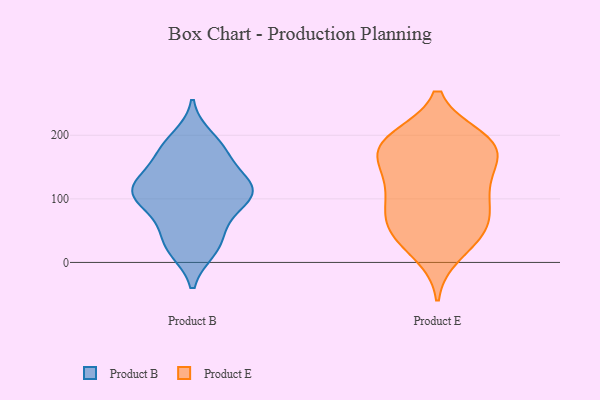
{"axis": {"x": "Latency (ms)", "y": "Value"}, "legend": ["Product B", "Product E"], "data": [{"x": "", "y": 115, "type": "Product B"}, {"x": "", "y": 195, "type": "Product B"}, {"x": "", "y": 169, "type": "Product B"}, {"x": "", "y": 117, "type": "Product B"}, {"x": "", "y": 110, "type": "Product B"}, {"x": "", "y": 54, "type": "Product B"}, {"x": "", "y": 115, "type": "Product B"}, {"x": "", "y": 104, "type": "Product B"}, {"x": "", "y": 178, "type": "Product B"}, {"x": "", "y": 132, "type": "Product B"}, {"x": "", "y": 122, "type": "Product B"}, {"x": "", "y": 21, "type": "Product B"}, {"x": "", "y": 173, "type": "Product B"}, {"x": "", "y": 20, "type": "Product B"}, {"x": "", "y": 80, "type": "Product B"}, {"x": "", "y": 92, "type": "Product B"}, {"x": "", "y": 35, "type": "Product B"}, {"x": "", "y": 113, "type": "Product E"}, {"x": "", "y": 180, "type": "Product E"}, {"x": "", "y": 41, "type": "Product E"}, {"x": "", "y": 47, "type": "Product E"}, {"x": "", "y": 116, "type": "Product E"}, {"x": "", "y": 52, "type": "Product E"}, {"x": "", "y": 95, "type": "Product E"}, {"x": "", "y": 187, "type": "Product E"}, {"x": "", "y": 79, "type": "Product E"}, {"x": "", "y": 150, "type": "Product E"}, {"x": "", "y": 181, "type": "Product E"}, {"x": "", "y": 180, "type": "Product E"}, {"x": "", "y": 141, "type": "Product E"}, {"x": "", "y": 65, "type": "Product E"}, {"x": "", "y": 191, "type": "Product E"}, {"x": "", "y": 14, "type": "Product E"}, {"x": "", "y": 195, "type": "Product E"}]}